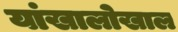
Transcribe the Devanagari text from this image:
यांखालोखाल